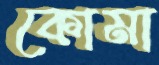
কোমা